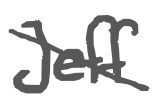
Text: Jeff
Cross-out: diagonal
Writing tool: digital_gray